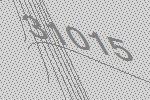
31015